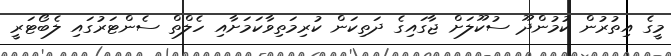
މީގެ އިތުރުން ކުމުންދޫ ސުކޫލަށް ޖާގައިގެ ދަތިކަން ކުރިމަތިވާކަމަށާއި ހެލްތް ސެންޓަރުގައި ލެބޯޓަރީ